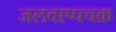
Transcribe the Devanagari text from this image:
जलवाष्पचक्र